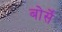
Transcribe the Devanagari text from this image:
बोर्से